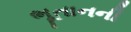
ભૂતાનની